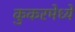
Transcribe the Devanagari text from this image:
कुकरमेध्ये